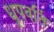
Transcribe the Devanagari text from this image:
धूपवर्ति